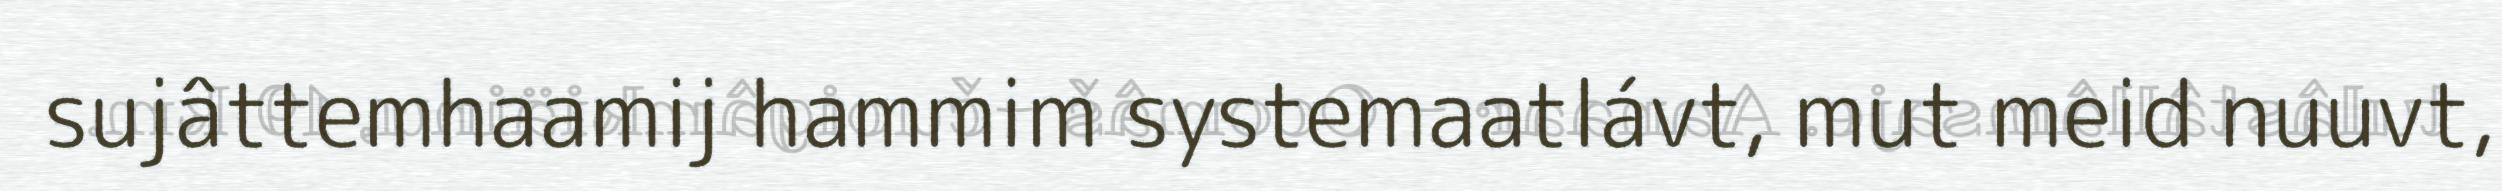
sujâttemhaamij hammim systemaatlávt, mut meid nuuvt,